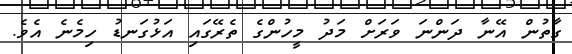
ގާތުން އޭނާ ދަންނަ ވަރަށް މަދު މީހުންގެ ތެރޭގައި އަޅުގަނޑު ހިމެނެ އެވެ.